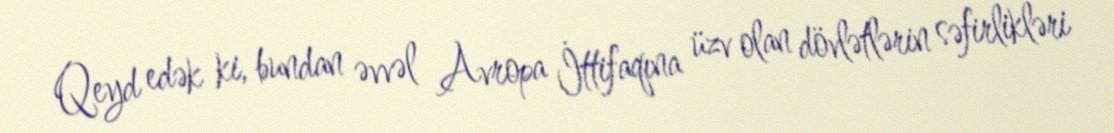
Qeyd edək ki, bundan əvvəl Avropa İttifaqına üzv olan dövlətlərin səfirlikləri